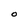
Character: O